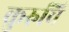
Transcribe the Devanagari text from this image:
कुरुचि